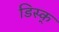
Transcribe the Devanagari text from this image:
डिस्क्